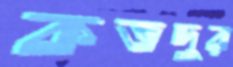
কতদুর